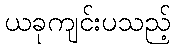
ယခုကျင်းပသည့်